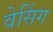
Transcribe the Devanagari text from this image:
वेसिंग